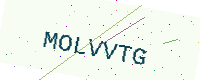
Text: MOLVVTG